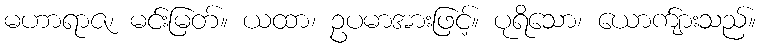
မဟာရာဇ၊ မင်းမြတ်။ ယထာ၊ ဥပမာအားဖြင့်။ ပုရိသော၊ ယောက်ျားသည်။